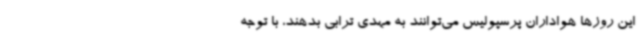
این روزها هواداران پرسپولیس می‌توانند به مهدی ترابی بدهند، با توجه